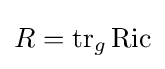
R=\operatorname {tr} _{g}\operatorname {Ric}